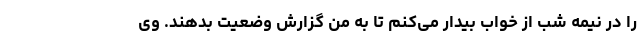
را در نیمه شب از خواب بیدار می‌کنم تا به من گزارش وضعیت بدهند. وی